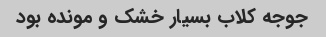
جوجه کلاب بسیار خشک و مونده بود